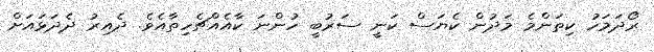
ރޯދަމަހު ކިތަންމެ މަދުން ކެޔަސް ކަނީ ސަރުބީ ހުންނަ ކާއެއްޗެހިތާއެވެ. ދެއިރު ދެދަޅައަށް